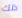
ذلك